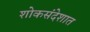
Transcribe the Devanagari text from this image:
शोकसंदेशात